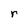
Character: r